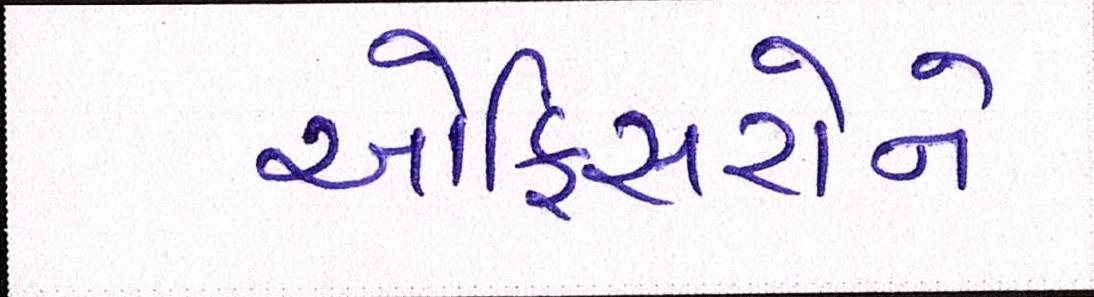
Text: ઓફિસરોને